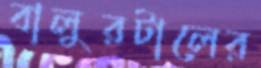
বালুরটালের